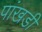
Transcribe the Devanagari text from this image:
पांखडी